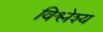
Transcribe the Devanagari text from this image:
विश्लेश्य